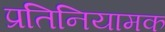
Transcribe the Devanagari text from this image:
प्रतिनियामक